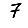
Digit: 7